FBI September 2023 Sighting - Composite Sketch
Agency: FBI
Incident date: 9/1/23
Incident location: United States
Page 1
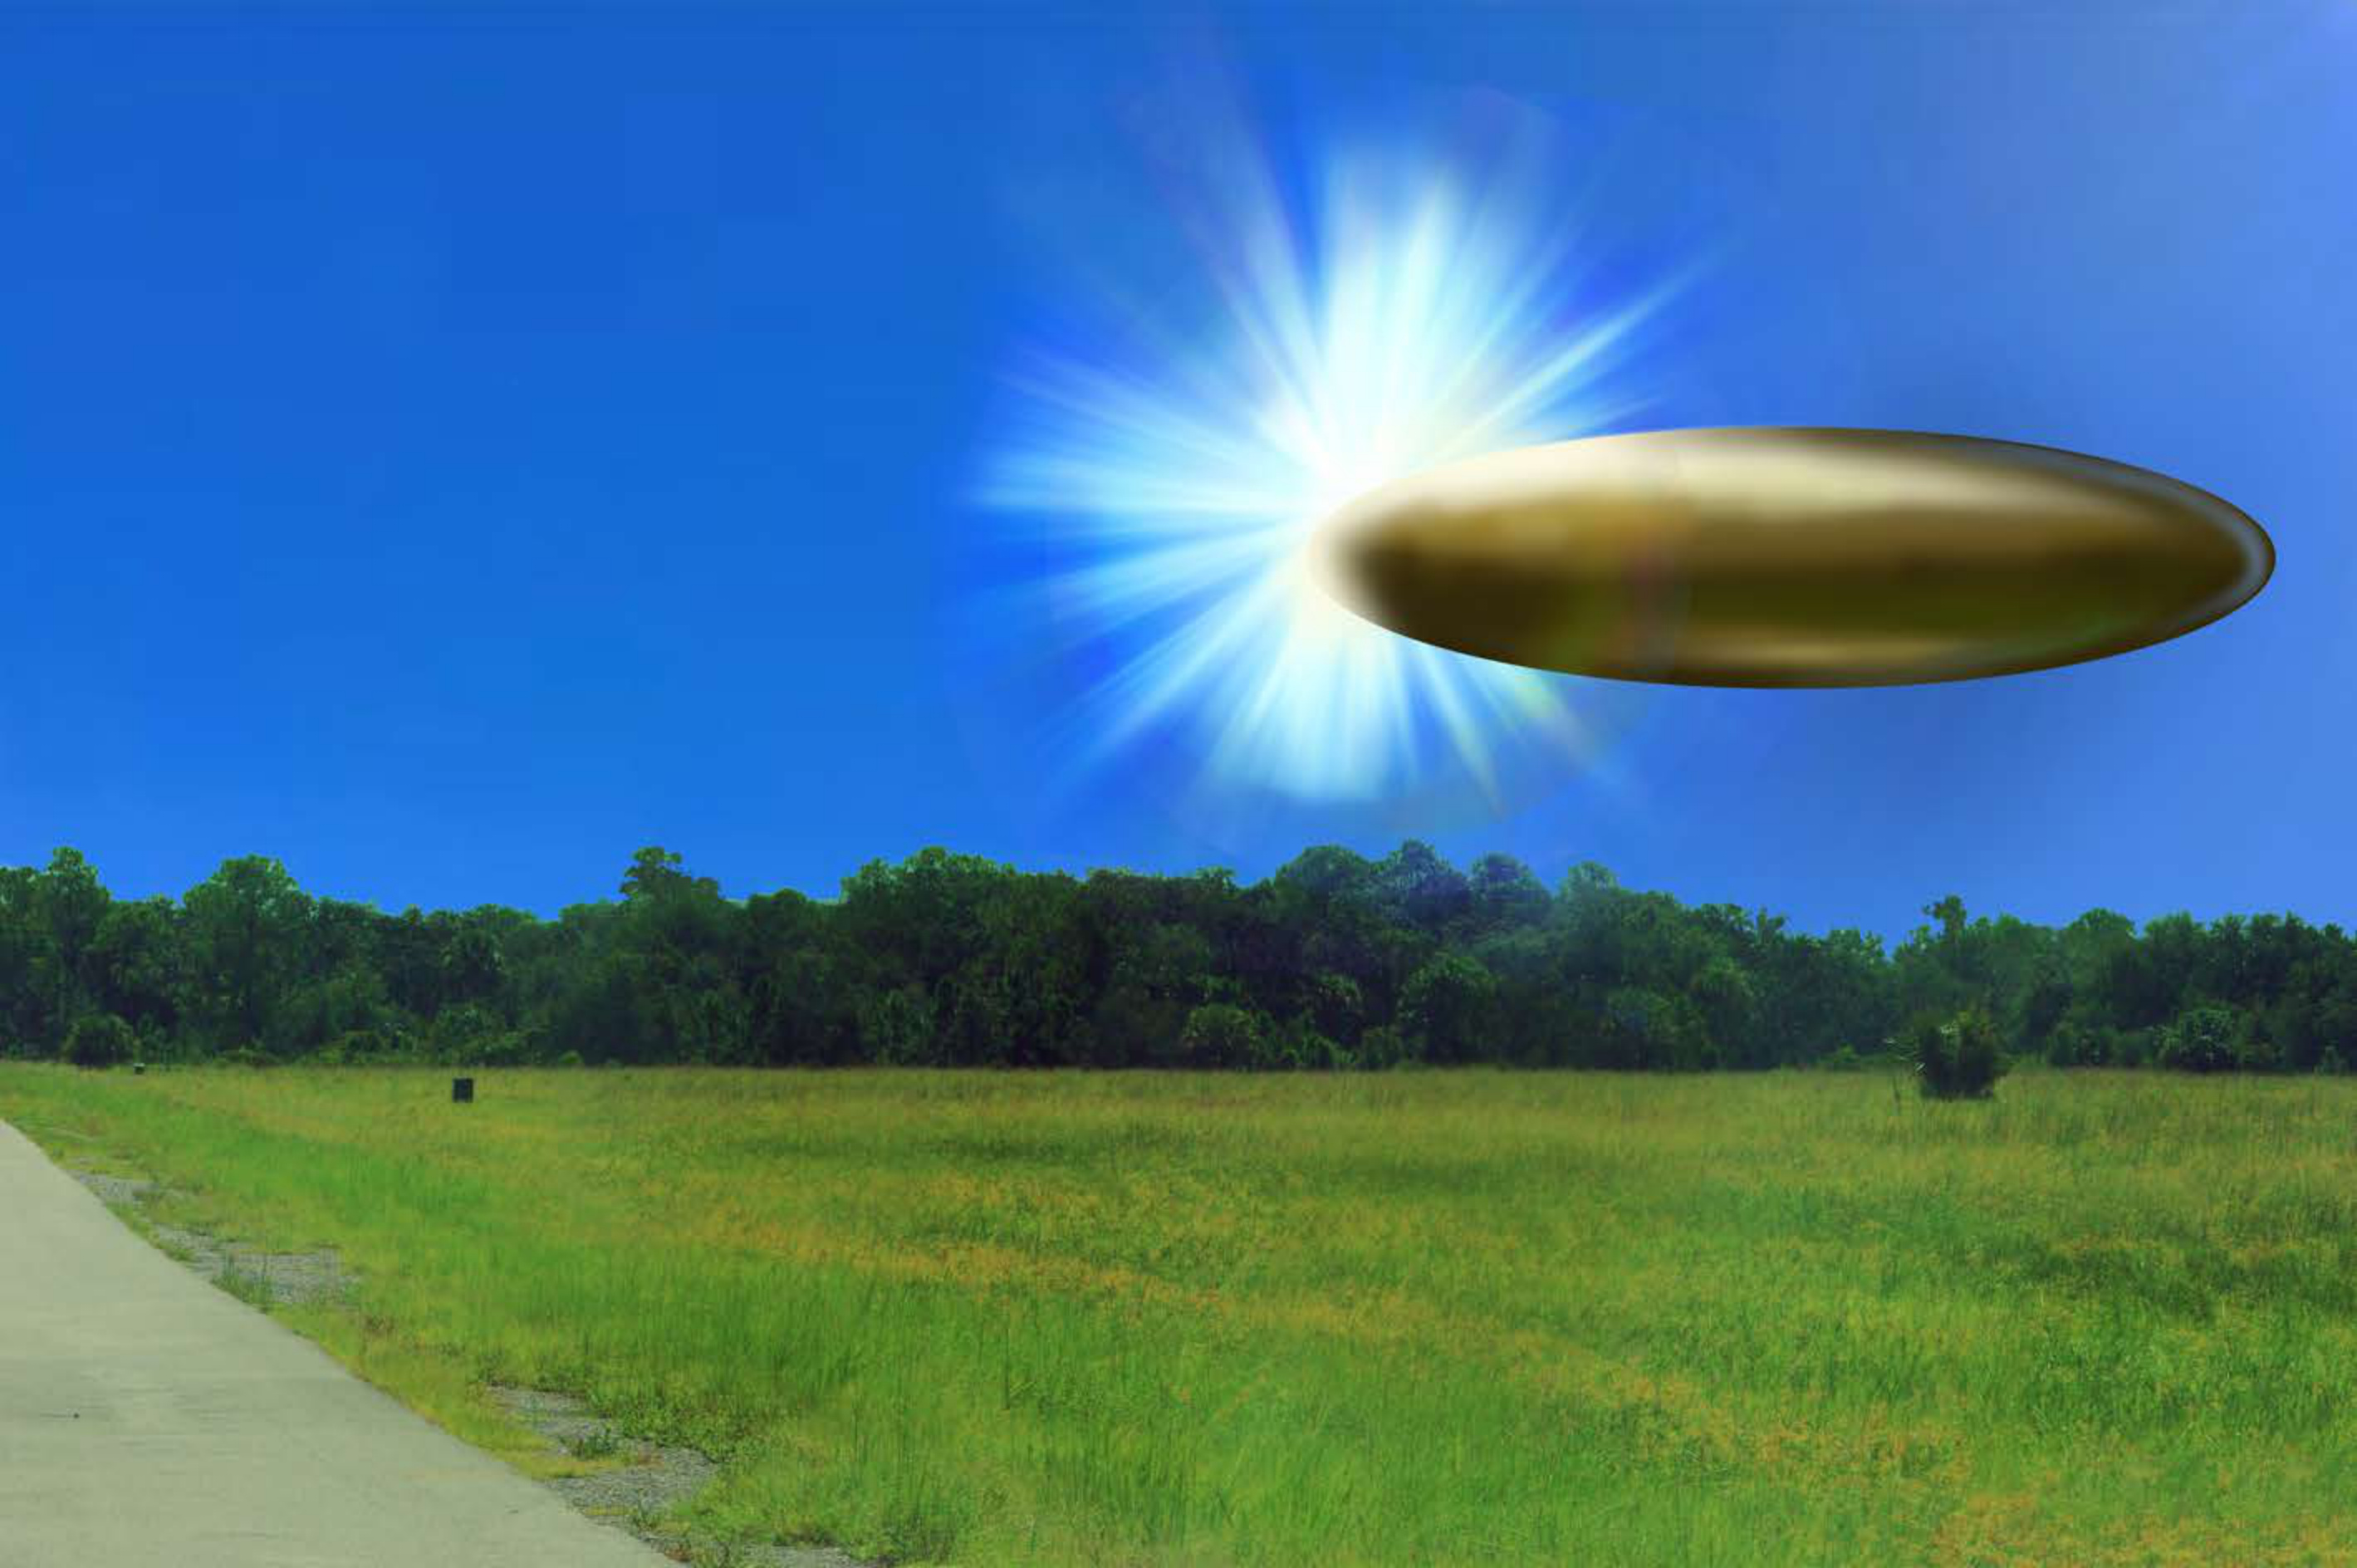